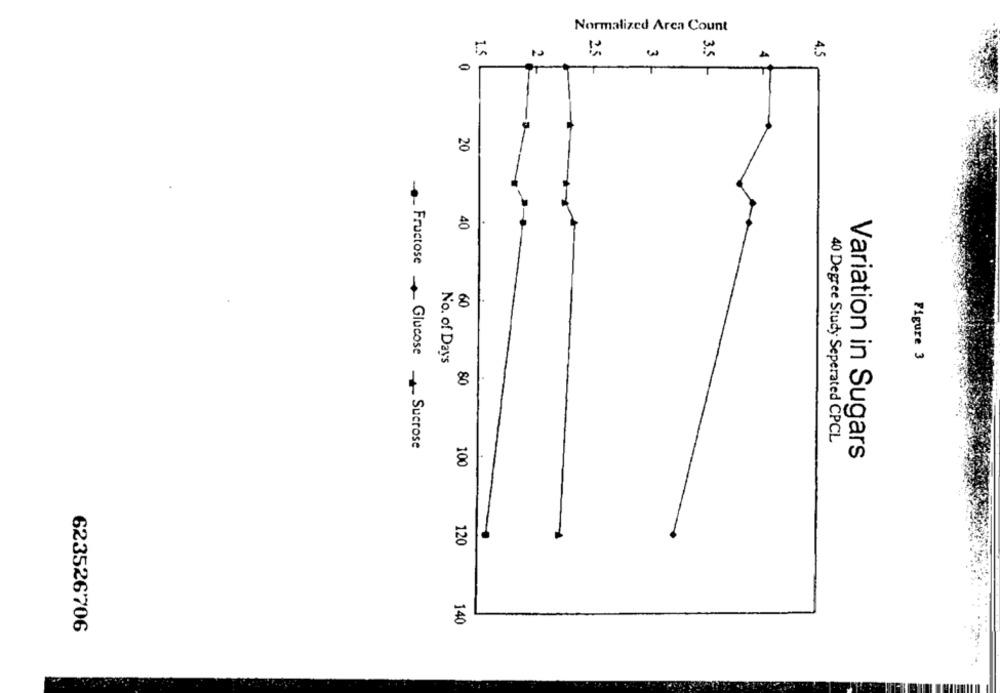
Normalized Area Count
1.5
25
35
4.5
20
40
60
No. of Days
Figure 3
80
40 Degree Study Seperated CPCL
Fructose _ Glucose _ Sucrose
Variation in Sugars
100
120
140
623526706